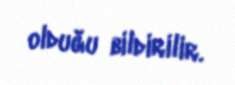
olduğu bildirilir.